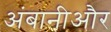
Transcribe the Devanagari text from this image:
अंबानीऔर